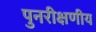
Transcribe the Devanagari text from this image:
पुनरीक्षणीय